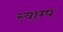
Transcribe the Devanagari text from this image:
स्वाम्प